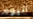
اليوم